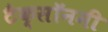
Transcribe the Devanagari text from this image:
टैक्सॉनमी